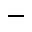
-